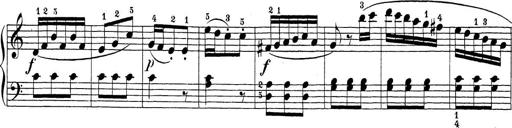
Title: Sonatina Album
Composer: Louis KÃ¶hler